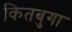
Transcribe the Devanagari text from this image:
कितबुगा